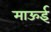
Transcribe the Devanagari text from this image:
माऊई